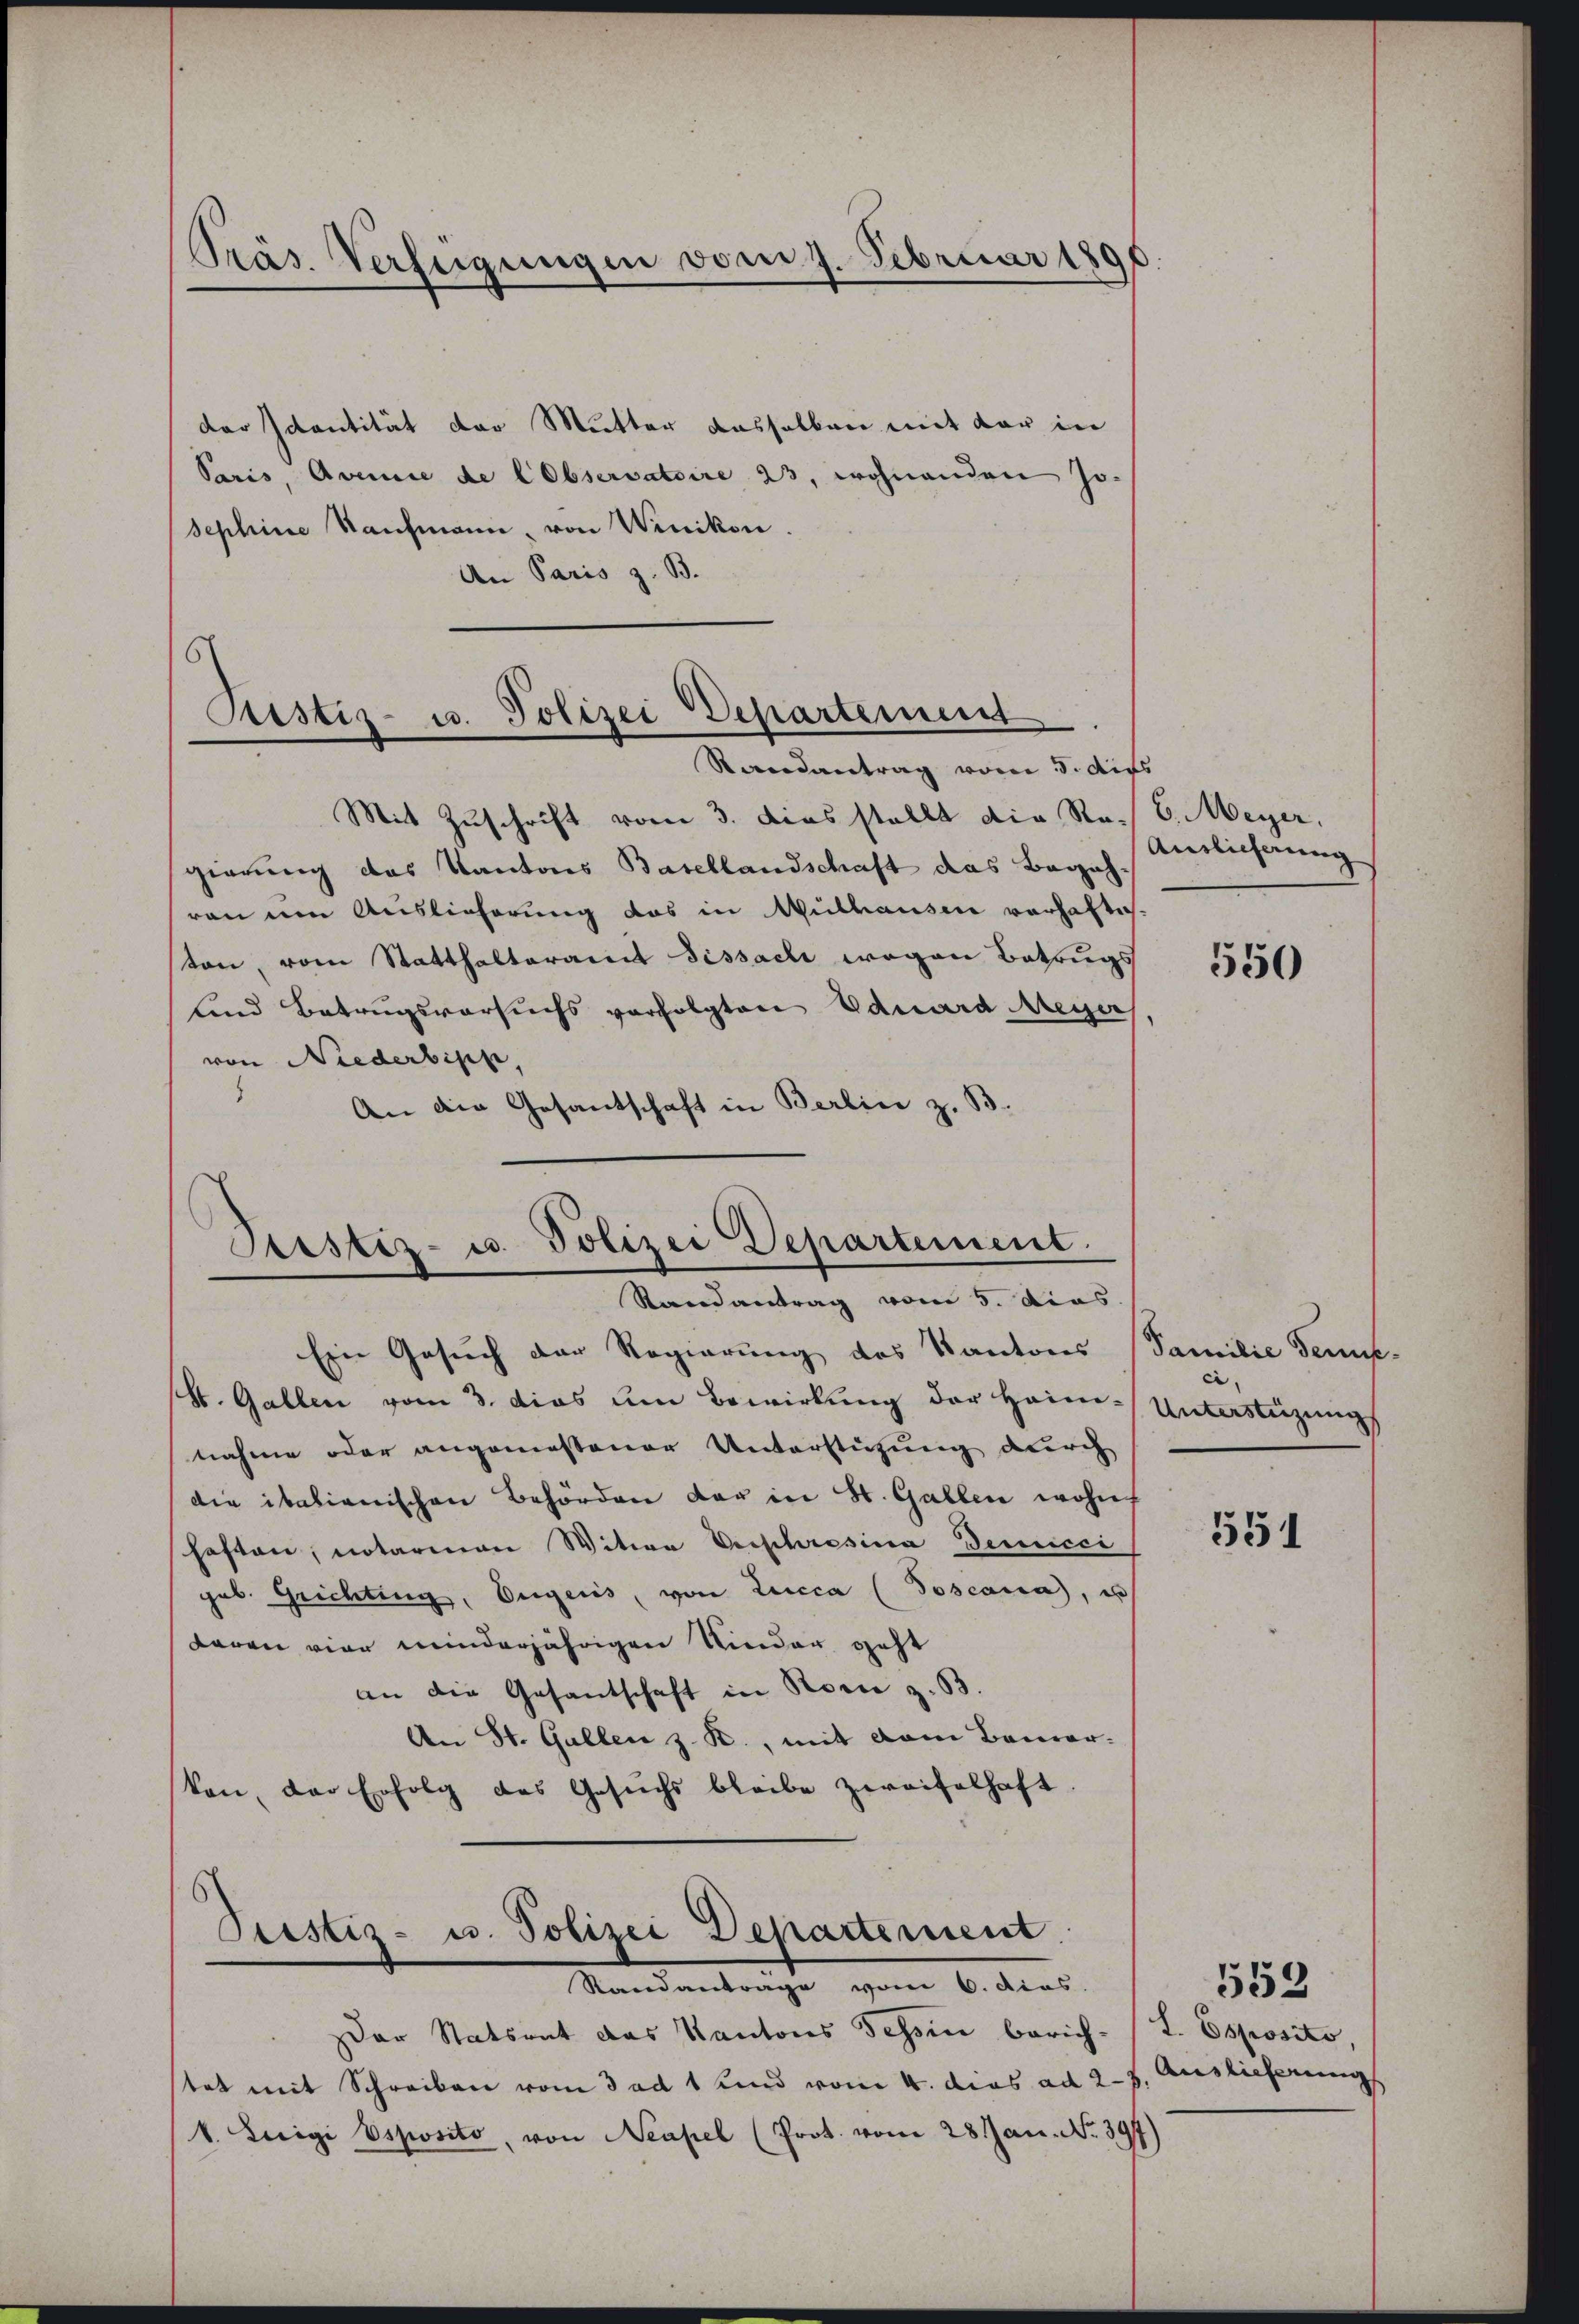
Präs. Verfügungen vom 7. Februar 1890

der Identität der Mutter dasselben mit vor in
Paris, Avenie de lObservatoire 23, wohnenden Jo-
sephine Nachmann, von Winikon.
An Paris z. B.

Ristiz- u. Polizei Departement.
Randantrag vom 5. Aufs

Justiz- u. Polizei Departement
Randantrag vom 5. dies
Ein Gesuch der Regierung des Kantons (Familie Ten-
(St. Gallen vom 3. dies um Bewirkung der Heim-Unterstüzungs

Mit Zuschrift vom 3. dies stellt die Ro. 6. Meyer,
gierung des Kantons Basellandschaft das Begehron um Auslieferung das in Mülhausen vorhäftiton, vom Statthalteramt Dissach wegen Betrugs
und Betrugsversuchs verfolgten Eduard Meyer
von Niederbish
An die Gesantschaft in Berlin z. B.

Peestiz- u. Polizei Departement.
Standentrage vom 6. dies

Auslieferung

nahme oder angemessener Unterstützung durch
die italienischen Behörden der in St. Gallen wohnt
schaften, notarian Witwe Vrephrosina Demucci
geb. Grichtung, Eugens, von Lucca (Toscana, es
daren vier minderjährigen Kinder geht
an die Gesantschaft in Romie z. B.
An St. Gallen z. R., mit dem Bemer-
von, der Erfolg des Gesŭchs bleibe zweifelhaft.

Dar Statsant das Kantons Schin berich- (I. Esposito,
stet mit Schreiben vom 3 ad 1 Kind vom 4. dies ad 27. Auslieferung
v. Luigi Vsposito, von Neapel (Prot. vom 28 Jan. No. 397)

550

551

553